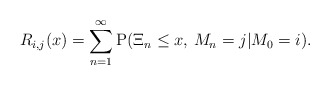
\begin{align*}R_{i,j}(x)=\sum_{n =1}^\infty {\rm P}(\Xi_n\leq x,\,M_n=j|M_0=i).\end{align*}